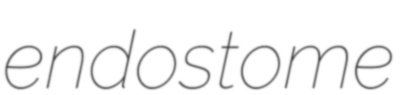
endostome